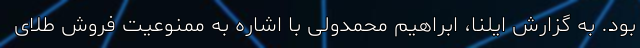
بود. به گزارش ایلنا، ابراهیم محمدولی با اشاره به ممنوعیت فروش طلای